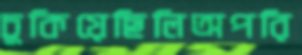
চুকিয়েছিলিঅপরি